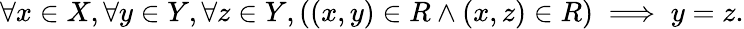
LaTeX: \forall x\in X,\forall y\in Y,\forall z\in Y,((x,y)\in R\land(x,z)\in R)\implies y=z.